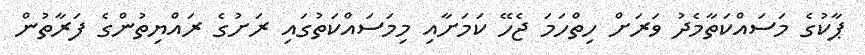
ޕާކުގެ މަސައްކަތާމެދު ވަރަށް ހިތްހަމަ ޖެހޭ ކަމަށާއި މިމަސައްކަތުގައި ރަށުގެ ރައްޔިތުންގެ ފަރާތުން